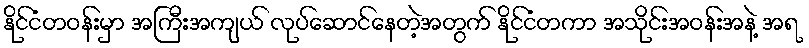
နိုင်ငံတဝန်းမှာ အကြီးအကျယ် လုပ်ဆောင်နေတဲ့အတွက် နိုင်ငံတကာ အသိုင်းအဝန်းအနဲ့ အရ